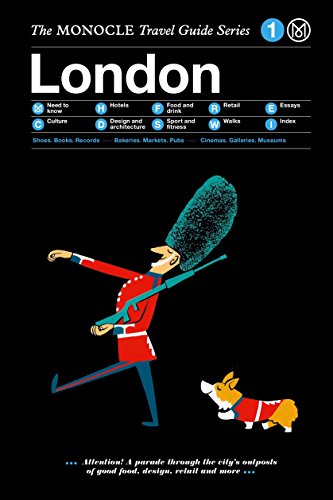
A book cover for London: Monocle Travel Guide (Monocle Travel Guide Series); Monocle; Travel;